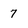
Character: 7